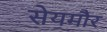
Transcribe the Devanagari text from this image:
सेयमौर